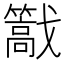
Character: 𢨠